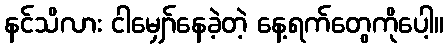
နင်သိလား ငါမျှော်နေခဲ့တဲ့ နေ့ရက်တွေကိုပေါ့။